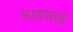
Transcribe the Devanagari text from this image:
भावांसह